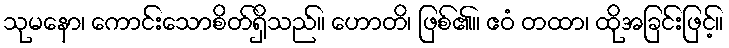
သုမနော၊ ကောင်းသောစိတ်ရှိသည်။ ဟောတိ၊ ဖြစ်၏။ ဧဝံ တထာ၊ ထိုအခြင်းဖြင့်။